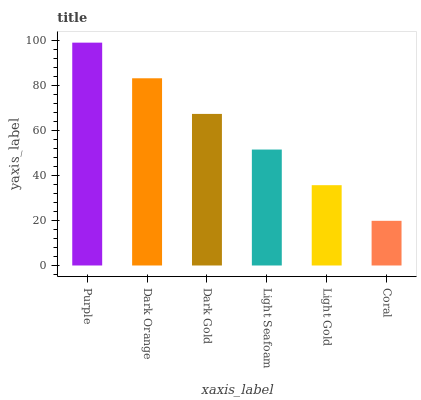
| xaxis_label | bars |
 | --- | --- |
 | Purple | 99 |
 | Dark Orange | 83.2 |
 | Dark Gold | 67.3 |
 | Light Seafoam | 51.5 |
 | Light Gold | 35.7 |
 | Coral | 19.8 |